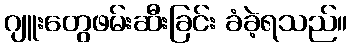
ဂျူးတွေဖမ်းဆီးခြင်း ခံခဲ့ရသည်။